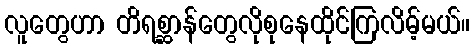
လူတွေဟာ တိရစ္ဆာန်တွေလိုစုနေထိုင်ကြလိမ့်မယ်။